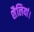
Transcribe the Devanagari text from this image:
शैलियां।